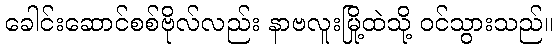
ခေါင်းဆောင်စစ်ဗိုလ်လည်း နာဗလူးမြို့ထဲသို့ ဝင်သွားသည်။